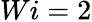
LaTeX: Wi=2